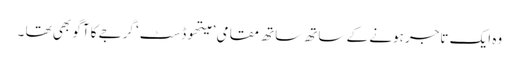
وہ ایک تاجر ہونے کے ساتھ ساتھ مقامی ’ میتھوڈسٹ‘ گرجے کا آگو بھی تھا ۔